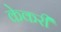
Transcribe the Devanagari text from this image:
केकरी